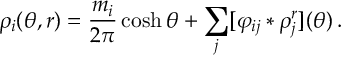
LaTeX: \rho _ { i } ( \theta , r ) = \frac { m _ { i } } { 2 \pi } \cosh \theta + \sum _ { j } [ \varphi _ { i j } \ast \rho _ { j } ^ { r } ] ( \theta ) \, .